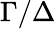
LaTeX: \Gamma/\Delta